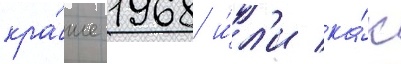
кра́же 1968 и́л'и ка́к